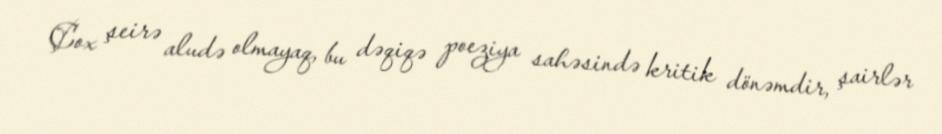
Çox şeirə aludə olmayaq, bu dəqiqə poeziya sahəsində kritik dönəmdir, şairlər